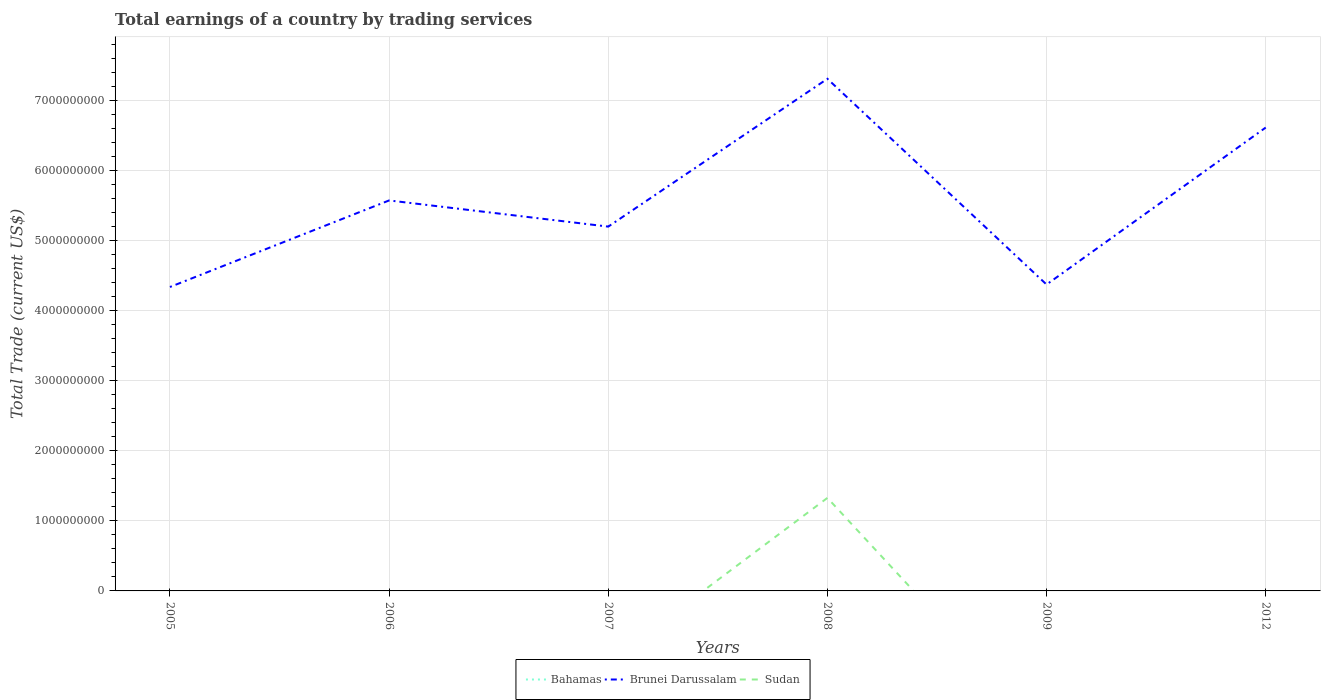
| Years | Bahamas | Brunei Darussalam | Sudan |
 | --- | --- | --- | --- |
 | 2005 | -6.04e+08 | 4.34e+09 | -2.48e+09 |
 | 2006 | -1.24e+09 | 5.57e+09 | -3.7e+09 |
 | 2007 | -1.14e+09 | 5.2e+09 | -1.01e+09 |
 | 2008 | -1.11e+09 | 7.3e+09 | 1.33e+09 |
 | 2009 | -6.7e+08 | 4.37e+09 | -2.05e+09 |
 | 2012 | -1.25e+09 | 6.61e+09 | -4.74e+09 |